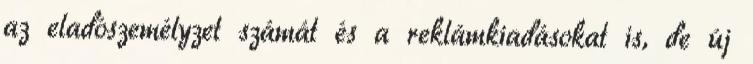
az eladószemélyzet számát és a reklámkiadásokat is, de új